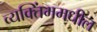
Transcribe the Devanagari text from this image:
व्यक्तिंममधील